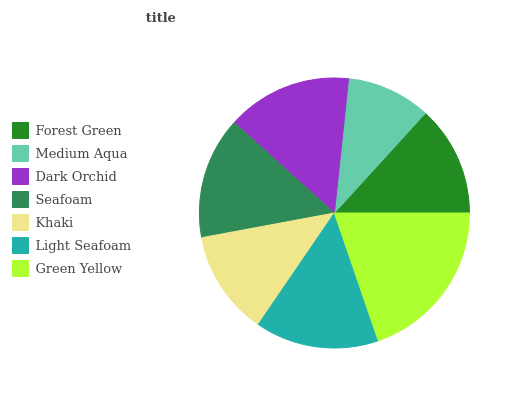
| Forest Green | Medium Aqua | Dark Orchid | Seafoam | Khaki | Light Seafoam | Green Yellow |
 | --- | --- | --- | --- | --- | --- | --- |
 | 13.2% | 10.1% | 15% | 14.6% | 12.5% | 14.8% | 19.7% |